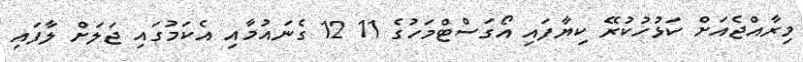
މިރާއްޖެއަށް ކަޅުހުކުރޭ ކިޔާފައި އޯގަސްޓްމަހުގެ 11 12 ގެނައުމާއި އެކަމުގައި ޖަލަށް ލާފައި